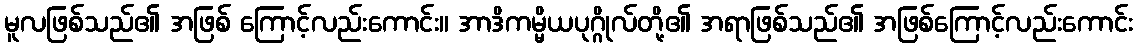
မူလဖြစ်သည်၏ အဖြစ် ကြောင့်လည်းကောင်း။ အာဒိကမ္မိယပုဂ္ဂိုလ်တို့၏ အရာဖြစ်သည်၏ အဖြစ်ကြောင့်လည်းကောင်း